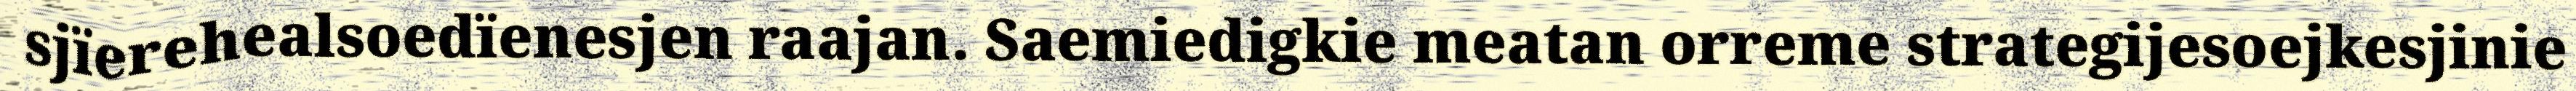
sjïerehealsoedïenesjen raajan. Saemiedigkie meatan orreme strategijesoejkesjinie